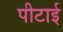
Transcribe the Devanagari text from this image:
पीटाई